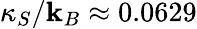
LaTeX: \kappa_{S}/\mathbf{k}_{B}\approx0.0629